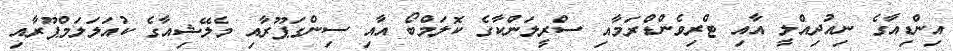
އިންޑިއާގެ ނިއުދިއްލީ އާއި ޓްރިވެންޑްރަމާއި ސްރީލަންކާގެ ކޮލަމްބޯ އާއި ސިންގަޕޫރާއި މެލޭޝިއާގެ ކުއަލަލަމްޕޫރާއި